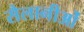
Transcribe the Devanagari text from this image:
सैलानीओं